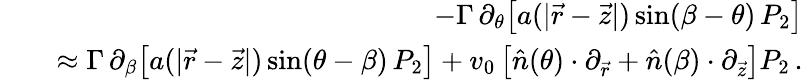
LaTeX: \begin{array}{rlr}&{}&{-\Gamma\, \partial_{\theta}\big[a(|\vec{r}-\vec{z}|)\, \mathrm{sin}(\beta-\theta)\, P_{2}\big]}\\ &{}&{\approx\Gamma\, \partial_{\beta}\big[a(|\vec{r}-\vec{z}|)\, \mathrm{sin}(\theta-\beta)\, P_{2}\big]+v_{0}\left[\hat{n}(\theta)\cdot\partial_{\vec{r}}+\hat{n}(\beta)\cdot\partial_{\vec{z}}\right]P_{2}\, .}\end{array}